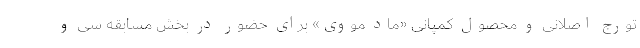
تورج اصلانی و محصول کمپانی «ماد مووی» برای حضور در بخش مسابقه سی و